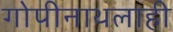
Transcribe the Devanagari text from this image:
गोपीनाथलाही